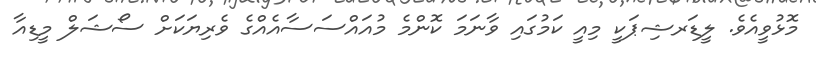
މޮޅުވީއެވެ. ލީޑަރޝިޕަކީ މިއީ ކަމުގައި ވާނަމަ ކޮންމެ މުއައްސަސާއެއްގެ ވެރިޔަކަށް ސޯޝަލް މީޑިއާ